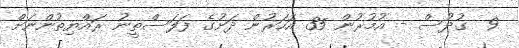
9  ގުދުސް - އުމުރުން 35 އަހަރުން ދަށުގެ ފަލަސްތީނު ރައްޔިތުންނަށް